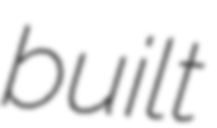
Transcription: built